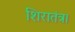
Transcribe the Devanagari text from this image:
शिरातंत्र।